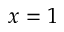
x = 1